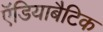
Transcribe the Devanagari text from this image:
ऍडियाबैटिक